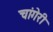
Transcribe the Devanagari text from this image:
चांगेरी